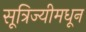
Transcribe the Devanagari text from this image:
सूत्रिज्यीमधून